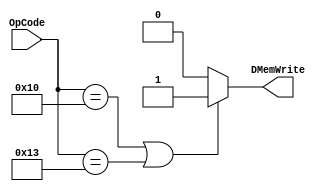

module DMemWriteMod (OpCode, DMemWrite);

input [4:0]	OpCode;
output		DMemWrite;

assign DMemWrite = ((OpCode == 5'b10000) | (OpCode == 5'b10011)) ? 1'b1 : 1'b0;

endmodule